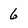
Character: 6